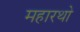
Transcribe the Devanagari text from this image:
महारथो